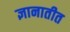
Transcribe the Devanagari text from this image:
ज्ञानातीत